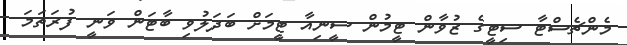
މެންޗެސްޓާ ސިޓީގެ ޒުވާން ޓީމުން ސީނިއާ ޓީމަށް ބަދަލުވި ބާޓަން ވަނީ ފުރަތަމަ